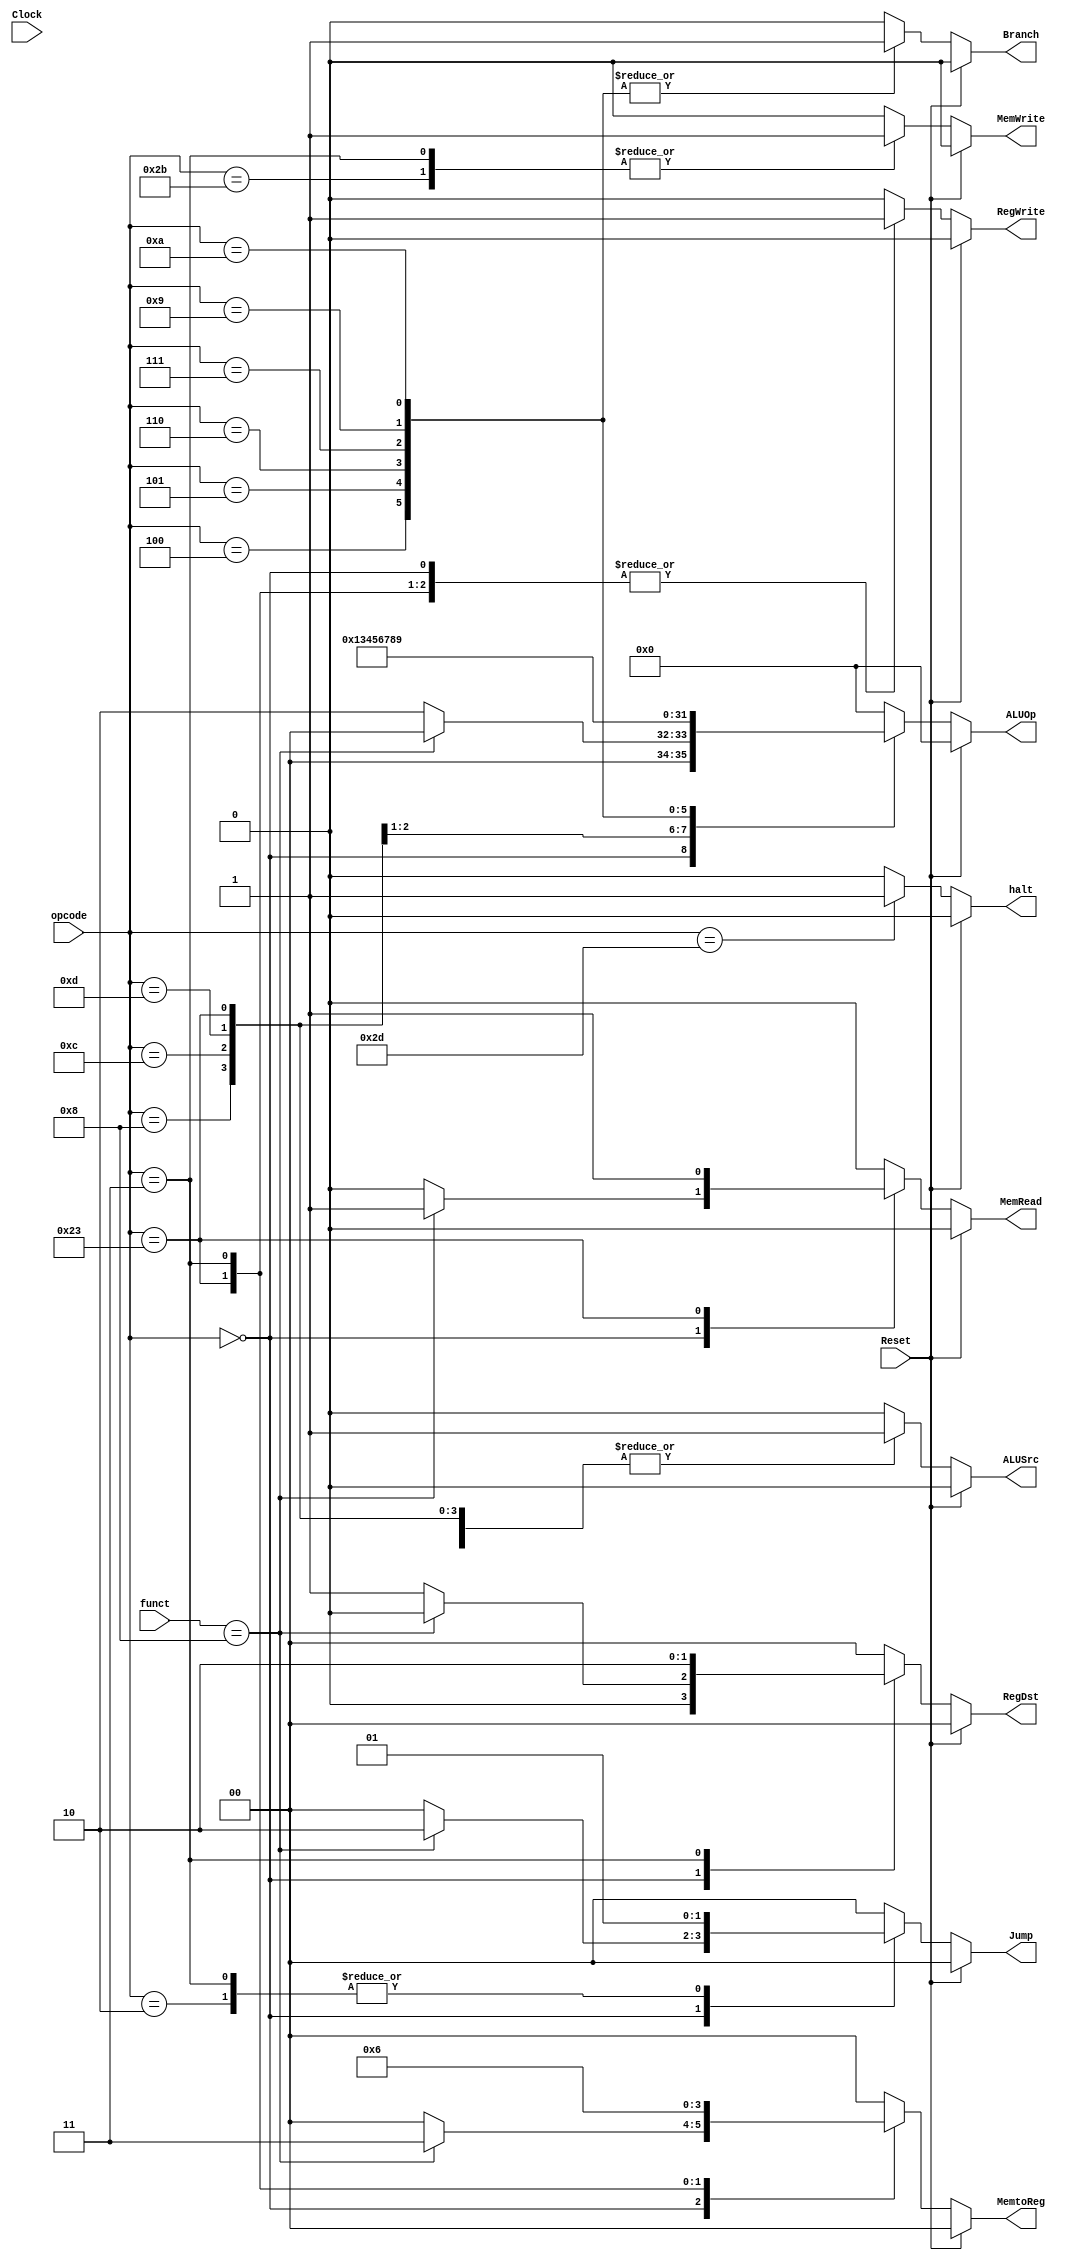
module ControlUnit(Clock,Reset,opcode,RegDst,ALUSrc,MemtoReg,MemWrite,MemRead,ALUOp,RegWrite,Branch,Jump,funct,halt);
input wire [5:0] opcode; 
input Clock , Reset ;  // Reset : 1 --> on | 0--> off
input wire [5:0] funct;
// wires
output wire ALUSrc,MemWrite,MemRead,RegWrite,Branch;
output wire [3:0] ALUOp;
output wire [1:0] Jump;
output wire [1:0] MemtoReg;
output wire [1:0] RegDst;
output wire halt;
// reg type
 reg reg_ALUSrc,reg_MemWrite,reg_MemRead,reg_RegWrite,reg_Branch;
 reg [3:0] reg_ALUOp;
 reg [1:0] reg_Jump;
 reg [1:0] reg_MemtoReg;
 reg [1:0] reg_RegDst; 
 reg [5:0] reset_opcode ;
 reg reg_halt;
	
	
//************************** Singnal classification ********************************
	
//	    opcode,  // 6-bit opcode from the instruction
//     RegDst,      // Control signal for selecting the destination register
//     ALUSrc,      // Control signal for ALU source selection (0 for register, 1 for immediate)
//     MemWrite,    // Control signal for memory write
//     MemRead,     // Control signal for memory read
//     Branch,      // Control signal for branching
//     ALUOp,       // Control signal for ALU operation
//     RegWrite     // Control signal for register write
//     reset_reg    // will handle the default value if the reset is on 
//		 pc_load (    0->stall),(1->load)
//     pc_Store     // to enable REG 31 to store the return address when using JAL Instruction 
//     JUMP[1:0]    // (MSB) --> is to indicate JS Instruction with Pull the stack (LSB) --> indicate jump instruction
//     MemToReg[1:0] // MSB) --> is to indicate JAL Instruction with Push the stack 
//                      (LSB) --> Control signal for selecting the source for register write data

//*********************************************************************************************************************

always @(*)
begin
	if(Reset==1'b1)
	reset_opcode <=6'b111000; // this bits will call the default value and make the control unit reset
	else
	reset_opcode <=opcode;
	
end 


//101101 halt opcode 

always @(*) 

	if(Reset==1'b1)begin 
	 // defualt value we can use it if we will implement reset or unsupported instructions
		 reg_ALUSrc   = 1'b0;
		 reg_RegWrite = 1'b0;
       reg_MemtoReg = 2'b00;
       reg_MemWrite = 1'b0;
       reg_MemRead  = 1'b0;
       reg_ALUOp    = 4'b0000;
       reg_RegDst   = 2'b00;
		 reg_Branch   = 1'b0;
		 reg_Jump     = 2'b00;
		 reg_halt     = 1'b0;//plan B reset	 
end
	
	
	else begin
	case(opcode)
	
	6'b000000:begin 
		if(funct == 6'b001000)begin 
	
		//Jump Register (JS) instruction
		 reg_ALUSrc   = 1'b0;
		 reg_RegWrite = 1'b1;// for Stack Implementation
       reg_MemtoReg = 2'b11; // for Stack implementation (customize only for JS function to be MemToReg[1]=1 same as JAL Instruction)
       reg_MemWrite = 1'b0;
       reg_MemRead  = 1'b1;// for Stack Implementation
       reg_ALUOp    = 4'b0000;
       reg_RegDst   = 2'b00;
		 reg_Branch   = 1'b0;
		 reg_Jump     = 2'b10;
		 reg_halt     = 1'b0;

		 
		end
		else begin
		// R-type instruction 
       reg_ALUSrc   = 1'b0;
		 reg_RegWrite = 1'b1;
       reg_MemtoReg = 2'b00;
       reg_MemWrite = 1'b0;
       reg_MemRead  = 1'b0;
       reg_ALUOp    = 4'b0010;
       reg_RegDst   = 2'b01;
		 reg_Branch   = 1'b0;
		 reg_Jump     = 2'b00;
		 reg_halt     = 1'b0;
		 
	end
	end
	
		6'b100011:begin 
		// load instruction 
       reg_ALUSrc   = 1'b1;
		 reg_RegWrite = 1'b1;
       reg_MemtoReg = 2'b01;
       reg_MemWrite = 1'b0;
       reg_MemRead  = 1'b1;
       reg_ALUOp    = 4'b0000;
       reg_RegDst   = 2'b00;
		 reg_Branch   = 1'b0;
		 reg_Jump     = 2'b00;
		 reg_halt     = 1'b0;
		 
	
	end
	
	   6'b101011:begin
		// store instruction 
       reg_ALUSrc   = 1'b1;
		 reg_RegWrite = 1'b0;
       reg_MemtoReg = 2'b00; 
       reg_MemWrite = 1'b1;
       reg_MemRead  = 1'b0;
       reg_ALUOp    = 4'b0000;
       reg_RegDst   = 2'b00;  
		 reg_Branch   = 1'b0;
		 reg_Jump     = 2'b00;
		 reg_halt     = 1'b0;
		 
		 
	end
	
		6'b001000:begin
		//immediate instruction (addi)
		 reg_ALUSrc   = 1'b1;
		 reg_RegWrite = 1'b1;
       reg_MemtoReg = 2'b00;
       reg_MemWrite = 1'b0;
       reg_MemRead  = 1'b0;
       reg_ALUOp    = 4'b0000;
       reg_RegDst   = 2'b00;
		 reg_Branch   = 1'b0;
		 reg_Jump     = 2'b00;
		 reg_halt     = 1'b0;
		 
		 
	end
	
		6'b001100:begin
		//immediate instruction (andi)
		 reg_ALUSrc   = 1'b1;
		 reg_RegWrite = 1'b1;
       reg_MemtoReg = 2'b00;
       reg_MemWrite = 1'b0;
       reg_MemRead  = 1'b0;
       reg_ALUOp    = 4'b0001;
       reg_RegDst   = 2'b00;
		 reg_Branch   = 1'b0;
		 reg_Jump     = 2'b00;
		 reg_halt     = 1'b0;
		 
		 
	end
			6'b001101:begin
		//immediate instruction (ori)
		 reg_ALUSrc   = 1'b1;
		 reg_RegWrite = 1'b1;
       reg_MemtoReg = 2'b00;
       reg_MemWrite = 1'b0;
       reg_MemRead  = 1'b0;
       reg_ALUOp    = 4'b0011;
       reg_RegDst   = 2'b00;
		 reg_Branch   = 1'b0;
		 reg_Jump     = 2'b00;
		 reg_halt     = 1'b0;
		 
		 
	end
	
			6'b000010:begin
		//Jump instruction (j)
		 reg_ALUSrc   = 1'b0;
		 reg_RegWrite = 1'b0;
       reg_MemtoReg = 2'b00;
       reg_MemWrite = 1'b0;
       reg_MemRead  = 1'b0;
       reg_ALUOp    = 4'b0000;
       reg_RegDst   = 2'b00;
		 reg_Branch   = 1'b0;
		 reg_Jump     = 2'b01;
		 reg_halt     = 1'b0;
		 
		 
	end
	
		6'b000011:begin
		//Jump and link instruction (jal)
		 reg_ALUSrc 	= 1'b0;
		 reg_RegWrite 	= 1'b1;
       reg_MemtoReg 	= 2'b10;// for JAL instruction
       reg_MemWrite 	= 1'b1; // for Stack implemntation
       reg_MemRead 	= 1'b0;
       reg_ALUOp		= 4'b0000;
       reg_RegDst		= 2'b10;
		 reg_Branch		= 1'b0;
		 reg_Jump 		= 2'b01;// for JS Instruction
		 reg_halt     = 1'b0;
		
	end
	
		6'b000100:begin
		//branch equal
		 reg_ALUSrc		= 1'b0;
		 reg_RegWrite	= 1'b0;
       reg_MemtoReg	= 2'b00;
       reg_MemWrite	= 1'b0;
       reg_MemRead	= 1'b0;
       reg_ALUOp		= 4'b0100;
       reg_RegDst		= 2'b00;
		 reg_Branch		= 1'b1;
		 reg_Jump		= 2'b00;
		 reg_halt     = 1'b0;
		 
		 
	end
	
	
		6'b000101:begin
		//branch not equal
		 reg_ALUSrc		= 1'b0;
		 reg_RegWrite	= 1'b0;
       reg_MemtoReg	= 2'b00;
       reg_MemWrite	= 1'b0;
       reg_MemRead	= 1'b0;
       reg_ALUOp		= 4'b0101;
       reg_RegDst		= 2'b00;
		 reg_Branch		= 1'b1;
		 reg_Jump		= 2'b00;
		 reg_halt     = 1'b0;
		 
		 
	end
	
		6'b000110:begin
		//branch greater than
		 reg_ALUSrc		= 1'b0;
		 reg_RegWrite	= 1'b0;
       reg_MemtoReg	= 2'b00;
       reg_MemWrite	= 1'b0;
       reg_MemRead	= 1'b0;
       reg_ALUOp		= 4'b0110;
       reg_RegDst		= 2'b00;
		 reg_Branch		= 1'b1;
		 reg_Jump		= 2'b00;
		 reg_halt     = 1'b0;
		 
		 
	end
	
		6'b000111:begin
		//branch less than
	 	 reg_ALUSrc		= 1'b0;
		 reg_RegWrite	= 1'b0;
       reg_MemtoReg	= 2'b00;
       reg_MemWrite	= 1'b0;
       reg_MemRead	= 1'b0;
       reg_ALUOp		= 4'b0111;
       reg_RegDst		= 2'b00;
		 reg_Branch		= 1'b1;
		 reg_Jump		= 2'b00;
		 reg_halt     = 1'b0;
		 
		 
	end
	
		6'b001001:begin
		//branch greater or equal
		 reg_ALUSrc		= 1'b0;
		 reg_RegWrite	= 1'b0;
       reg_MemtoReg	= 2'b00;
       reg_MemWrite	= 1'b0;
       reg_MemRead	= 1'b0;
       reg_ALUOp		= 4'b1000;
       reg_RegDst		= 2'b00;
		 reg_Branch		= 1'b1;
		 reg_Jump		= 2'b00;
		 reg_halt     = 1'b0;
		
		 
	end
	
		6'b001010:begin
		//branch less or equal
		 reg_ALUSrc		= 1'b0;
		 reg_RegWrite	= 1'b0;
       reg_MemtoReg	= 2'b00;
       reg_MemWrite	= 1'b0;
       reg_MemRead	= 1'b0;
       reg_ALUOp		= 4'b1001;
       reg_RegDst		= 2'b00;
		 reg_Branch		= 1'b1;
		 reg_Jump		= 2'b00;
		 reg_halt     = 1'b0;
		 
	end
	
	// halt instruction 
	
	6'b101101:begin
		 reg_ALUSrc		= 1'b0;
		 reg_RegWrite	= 1'b0;
       reg_MemtoReg	= 2'b00;
       reg_MemWrite	= 1'b0;
       reg_MemRead	= 1'b0;
       reg_ALUOp		= 1'b0;
       reg_RegDst		= 2'b00;
		 reg_Branch		= 1'b0;
		 reg_Jump		= 2'b00;
		 reg_halt     = 1'b1;
		 
	end
	
	/*6'b111000:begin
		//branch less or equal
		 reg_ALUSrc		= 1'b0;
		 reg_RegWrite	= 1'b0;
       reg_MemtoReg	= 2'b00;
       reg_MemWrite	= 1'b0;
       reg_MemRead	= 1'b0;
       reg_ALUOp		= 4'b0000;
       reg_RegDst		= 2'b00;
		 reg_Branch		= 1'b0;
		 reg_Jump		= 2'b00;
		 reg_halt     = 1'b1;
		 
	end*/
//	
	
	
	
	default : begin 
	 // defualt value we can use it if we will implement reset or unsupported instructions
		 reg_ALUSrc   = 1'b0;
		 reg_RegWrite = 1'b0;
       reg_MemtoReg = 2'b00;
       reg_MemWrite = 1'b0;
       reg_MemRead  = 1'b0;
       reg_ALUOp    = 4'b0000;
       reg_RegDst   = 2'b00;
		 reg_Branch   = 1'b0;
		 reg_Jump     = 2'b00;
		 reg_halt     = 1'b0;
		 
	end
	

endcase
end

// assign the output wires 
assign RegDst = reg_RegDst;
assign ALUSrc = reg_ALUSrc;
assign MemtoReg = reg_MemtoReg;
assign MemWrite = reg_MemWrite;
assign MemRead = reg_MemRead;
assign RegWrite = reg_RegWrite;
assign ALUOp = reg_ALUOp;
assign Branch= reg_Branch;
assign Jump = reg_Jump;
assign halt = reg_halt;


endmodule